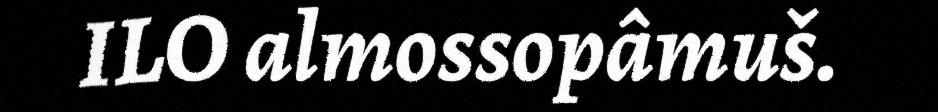
ILO almossopâmuš.